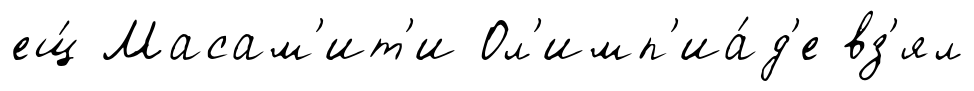
ещ́ Масам'ит'и Ол'имп'иа́д'е вз'ял